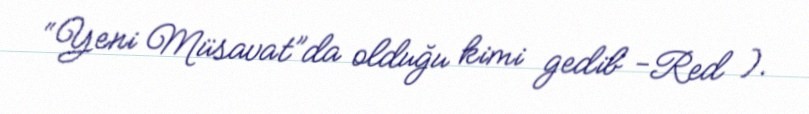
“Yeni Müsavat”da olduğu kimi gedib -Red ).